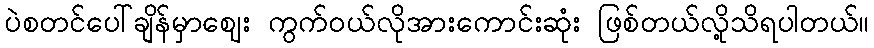
ပဲစတင်ပေါ်ချိန်မှာဈေး ကွက်ဝယ်လိုအားကောင်းဆုံး ဖြစ်တယ်လို့သိရပါတယ်။